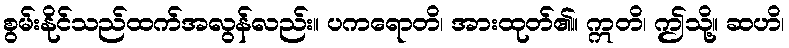
စွမ်းနိုင်သည်ထက်အလွန်လည်း။ ပကရောတိ၊ အားထုတ်၏။ ဣတိ၊ ဤသို့။ ဆဟိ၊